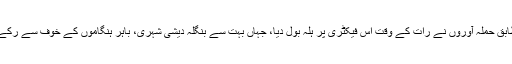
اسلام کے مطابق حملہ آوروں نے رات کے وقت اس فیکٹری پر ہلہ بول دیا، جہاں بہت سے بنگلہ دیشی شہری، باہر ہنگاموں کے خوف سے رکے ہوئے تھے۔